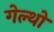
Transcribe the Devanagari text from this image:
गेल्थो